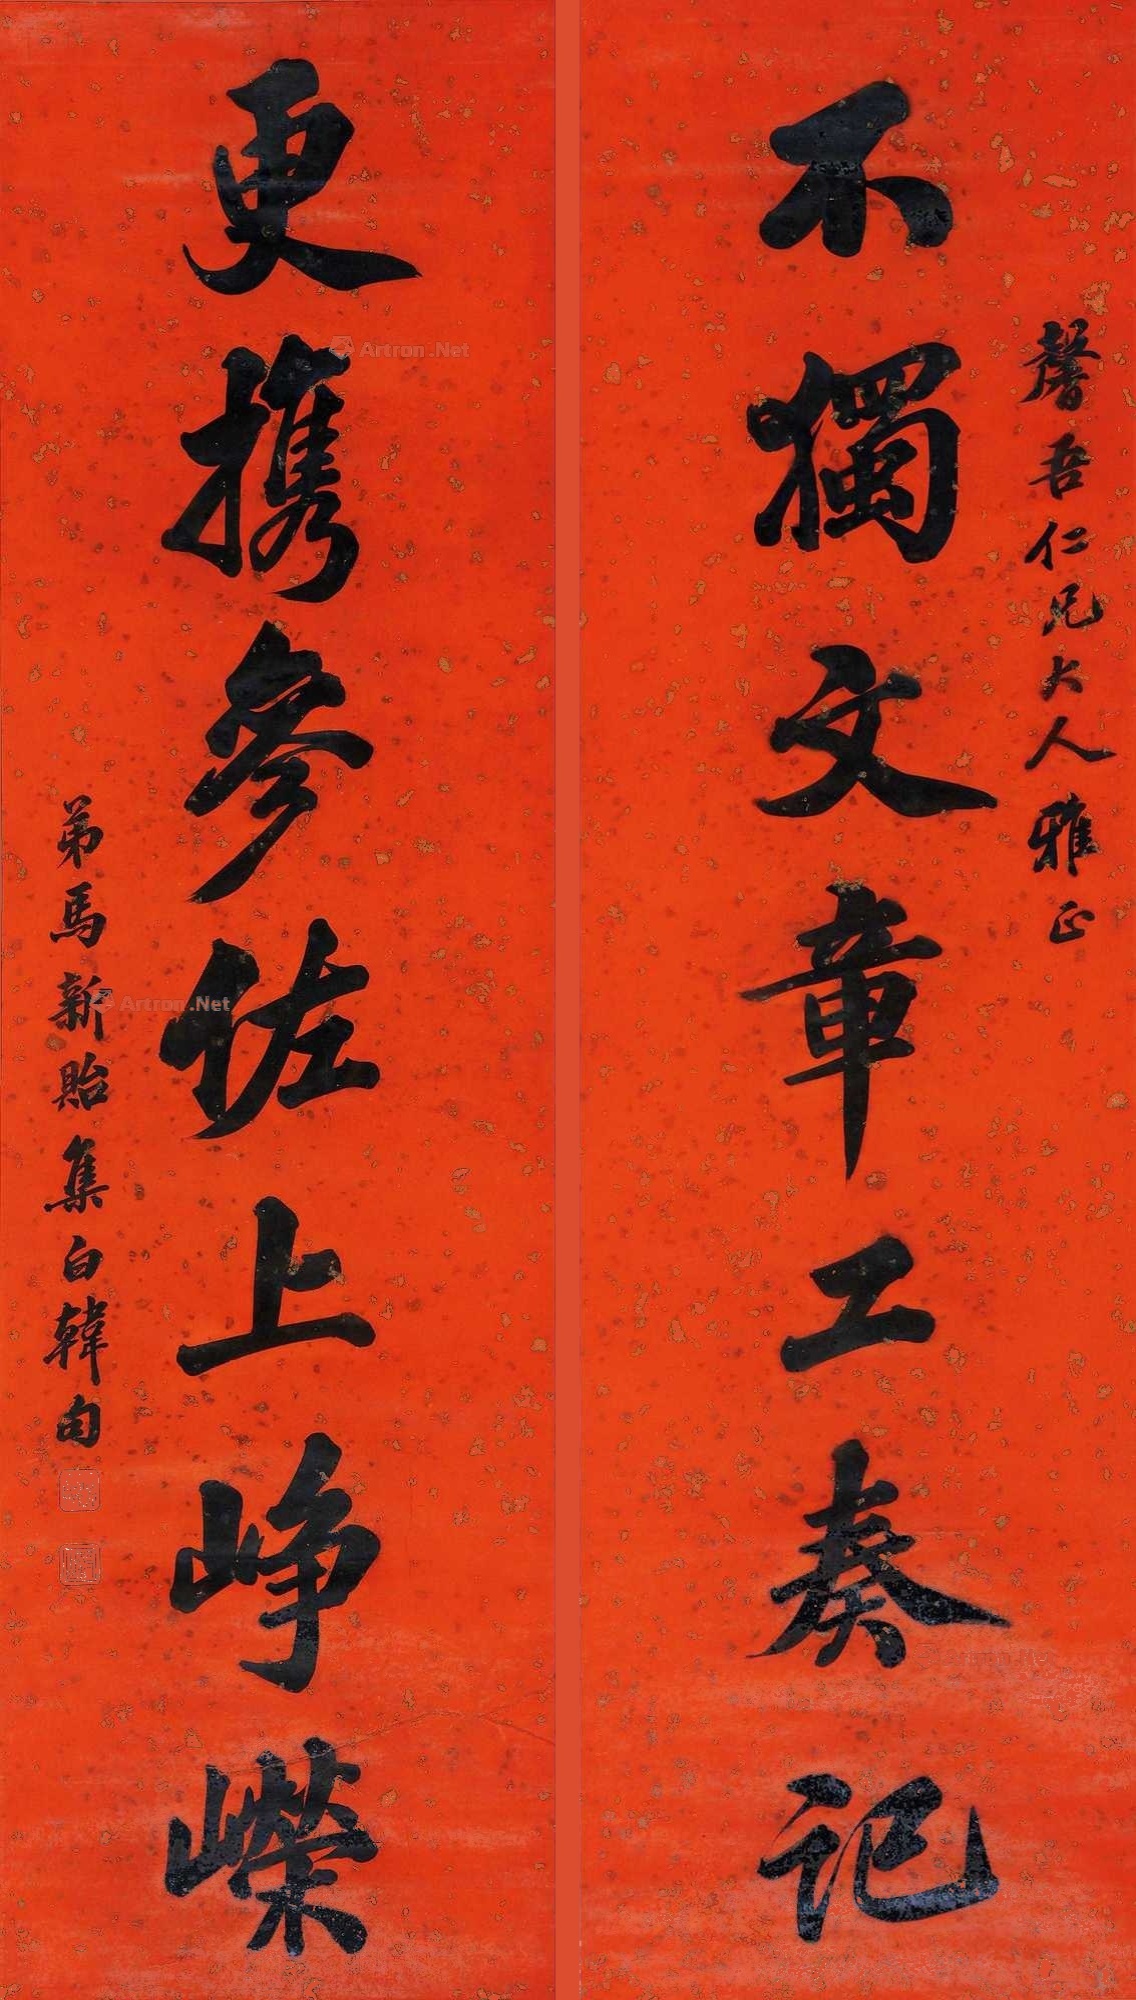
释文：不独文章工奏记，更携参佐上峥嵘。馨吾仁兄大人雅正，弟马新贻集白韩句。